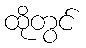
ထိုတွင်